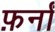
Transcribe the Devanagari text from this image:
फ़र्नां